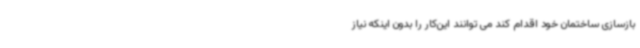
بازسازی ساختمان خود اقدام کند می توانند این‌کار را بدون اینکه نیاز